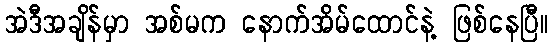
အဲဒီအချိန်မှာ အစ်မက နောက်အိမ်ထောင်နဲ့ ဖြစ်နေပြီ။